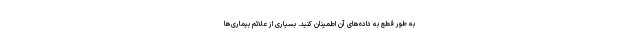
به طور قطع به داده‌های آن اطمینان کنید. بسیاری از علائم بیماری‌ها